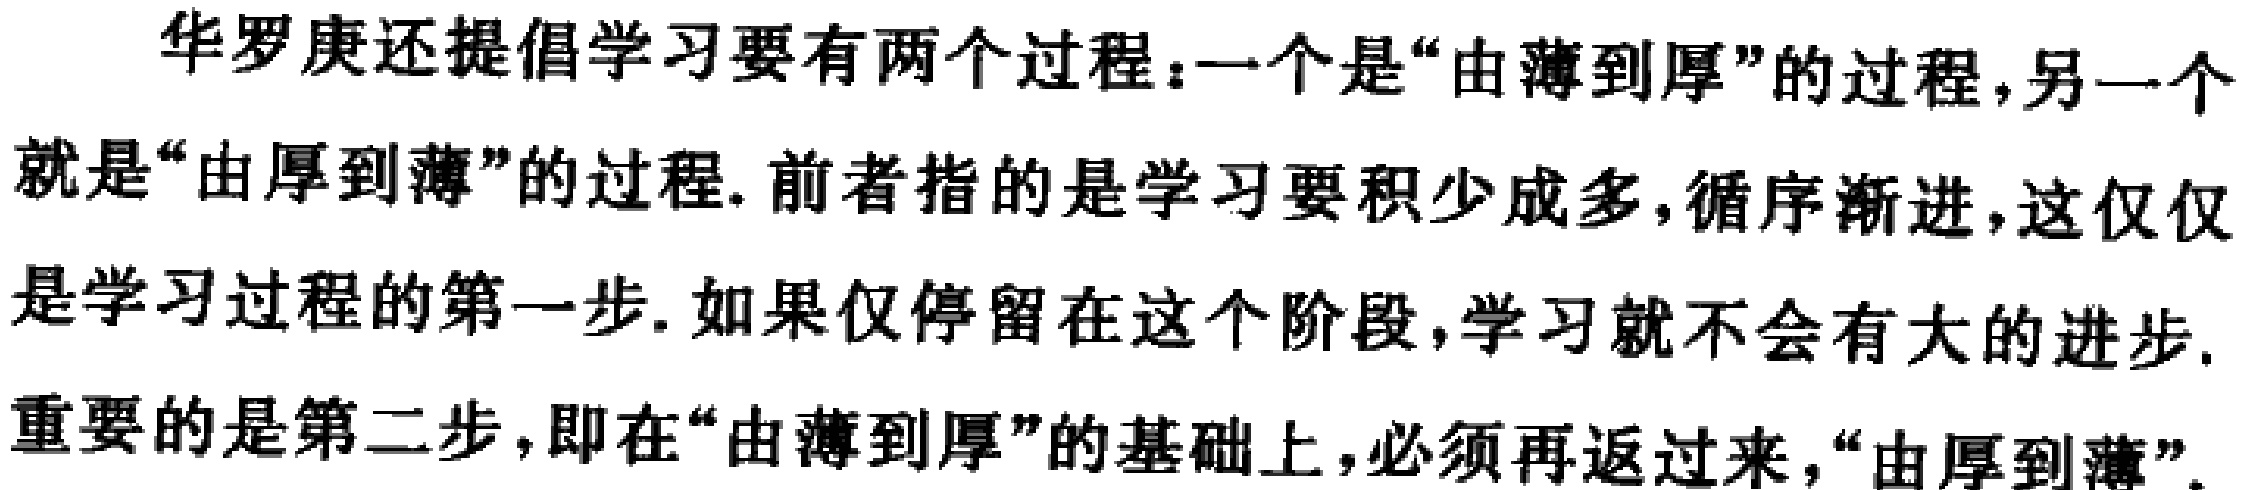
华罗庚还提倡学习要有两个过程：一个是“由薄到厚”的过程，另一个就是“由厚到薄”的过程. 前者指的是学习要积少成多，循序渐进，这仅仅是学习过程的第一步. 如果仅停留在这个阶段，学习就不会有大的进步. 重要的是第二步，即在“由薄到厚”的基础上，必须再返过来，“由厚到薄”.